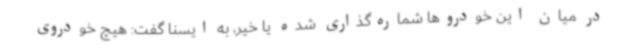
در میان این خودروها شماره‌گذاری شده یا خیر، به ایسنا گفت: هیچ خودروی